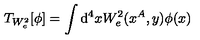
T _ { W _ { e } ^ { 2 } } [ \phi ] = \int \mathrm { d } ^ { 4 } x W _ { e } ^ { 2 } ( x ^ { A } , y ) \phi ( x )